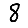
Digit: 8